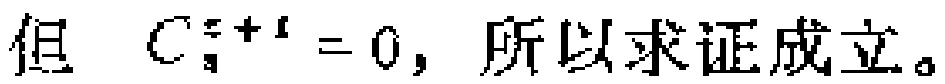
但 \(C_{3}^{x + 1}=0\)，所以求证成立。